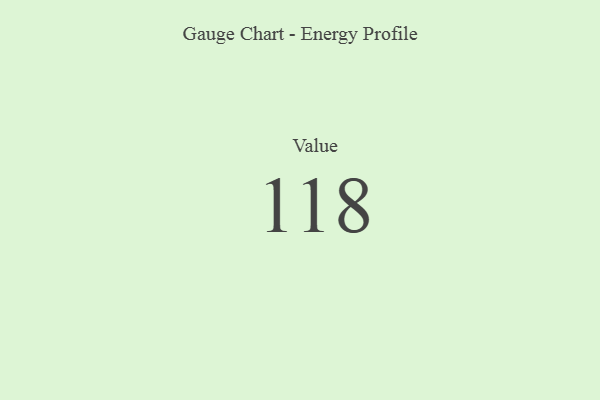
{"axis": {"x": "Metric", "y": "Value"}, "legend": [""], "data": [{"x": "Value", "y": 118, "type": ""}]}